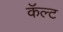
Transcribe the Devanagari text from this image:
कॅल्ट